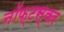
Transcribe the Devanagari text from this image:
नॉफ्टस्कर